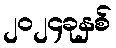
၂၀၂၄ခုနှစ်